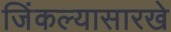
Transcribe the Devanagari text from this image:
जिंकल्यासारखे